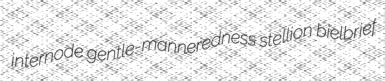
internode gentle-manneredness stellion bielbrief